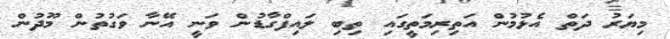
މިޔަރު ދަތް އެޅުމުން އަތިރިމަތީގައި ތިބި ލައިފްގާޑުން ވަނީ އޭނާ ވަގުތުން މޫދުން